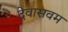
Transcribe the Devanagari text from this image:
देवासवम